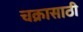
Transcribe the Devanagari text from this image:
चक्रासाठी